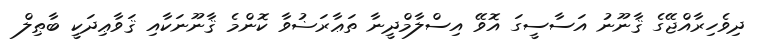
ދިވެހިރާއްޖޭގެ ޤާނޫނު އަސާސީގަ އޮވޭ އިސްލާމްދީނާ ތަޢާރަޟުވާ ކޮންމެ ޤާނޫނަކާއި ޤަވާޢިދަކީ ބާޠިލް